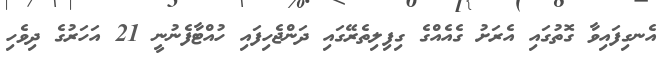
އެނގިފައިވާ ގޮތުގައި އެރަށު ގެއެއްގެ ގިފިލިތެރޭގައި ދަންޖެހިފައި ހުއްޓާފެނުނީ 21 އަހަރުގެ ދިވެހި